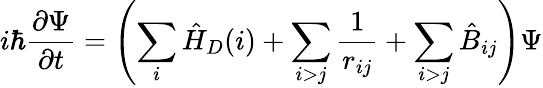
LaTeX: i\hbar{\frac{\partial\Psi}{\partial t}}=\left(\sum_{i}{\hat{H}}_{D}(i)+\sum_{i>j}{\frac{1}{r_{ij}}}+\sum_{i>j}{\hat{B}}_{ij}\right)\Psi